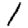
Digit: 1